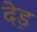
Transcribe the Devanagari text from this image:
देड़